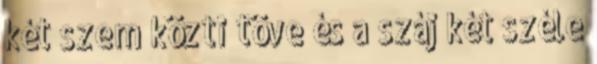
két szem közti töve és a száj két széle